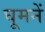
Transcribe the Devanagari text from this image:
घूमनें